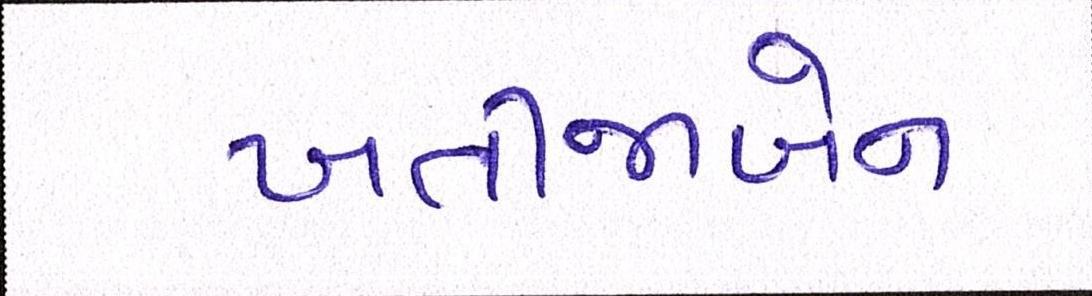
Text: ખતીજાબેન